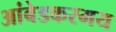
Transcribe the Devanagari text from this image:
आंबेडकरमय